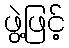
ဖွဲ့ဖြင့်